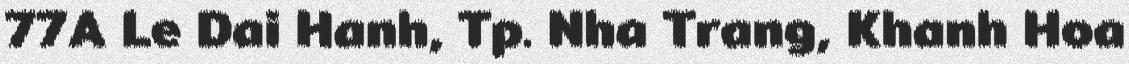
77A Le Dai Hanh, Tp. Nha Trang, Khanh Hoa